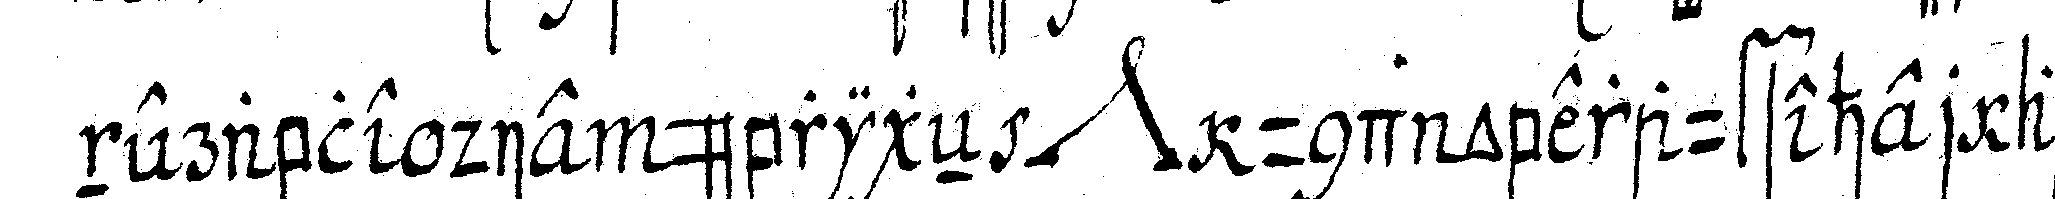
nerable die übrigeN *nee* und oberaufseher aber